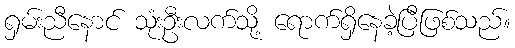
ရှမ်းညီနောင် သုံးဦးလက်သို့ ရောက်ရှိနေခဲ့ပြီဖြစ်သည်။